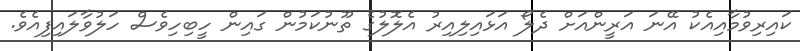
ކައިރިވުމާއިއެކު އޭނަ އަރީންއަށް ދެލޯ އަޅައިލިއިރު އެލޮލުގެ ތޫނުކަމުން ގައިން ހީބިހިވެސް ހަލުވާލައިފިއެވެ.